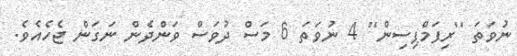
ނުވަތަ ''ރިފަމްޕިސިން'' 4 ނުވަތަ 6 މަސް ދުވަސް ވަންދެން ނަގަން ޖެހެއެވެ.